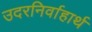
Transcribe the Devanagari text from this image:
उदरनिर्वाहार्थ